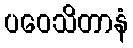
ပဝေသိတာနံ